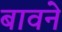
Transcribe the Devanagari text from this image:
बावने